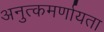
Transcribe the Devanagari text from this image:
अनुत्कमर्णायता